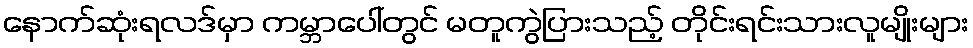
နောက်ဆုံးရလဒ်မှာ ကမ္ဘာပေါ်တွင် မတူကွဲပြားသည့် တိုင်းရင်းသားလူမျိုးများ